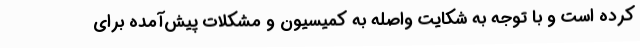
کرده است و با توجه به شکایت واصله به کمیسیون و مشکلات پیش‌آمده برای